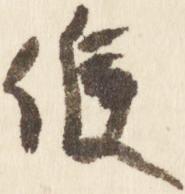
候